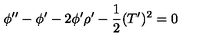
\phi ^ { \prime \prime } - \phi ^ { \prime } - 2 \phi ^ { \prime } \rho ^ { \prime } - \frac { 1 } { 2 } ( T ^ { \prime } ) ^ { 2 } = 0